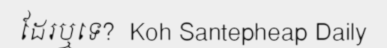
ដែរឬទេ?  Koh Santepheap Daily